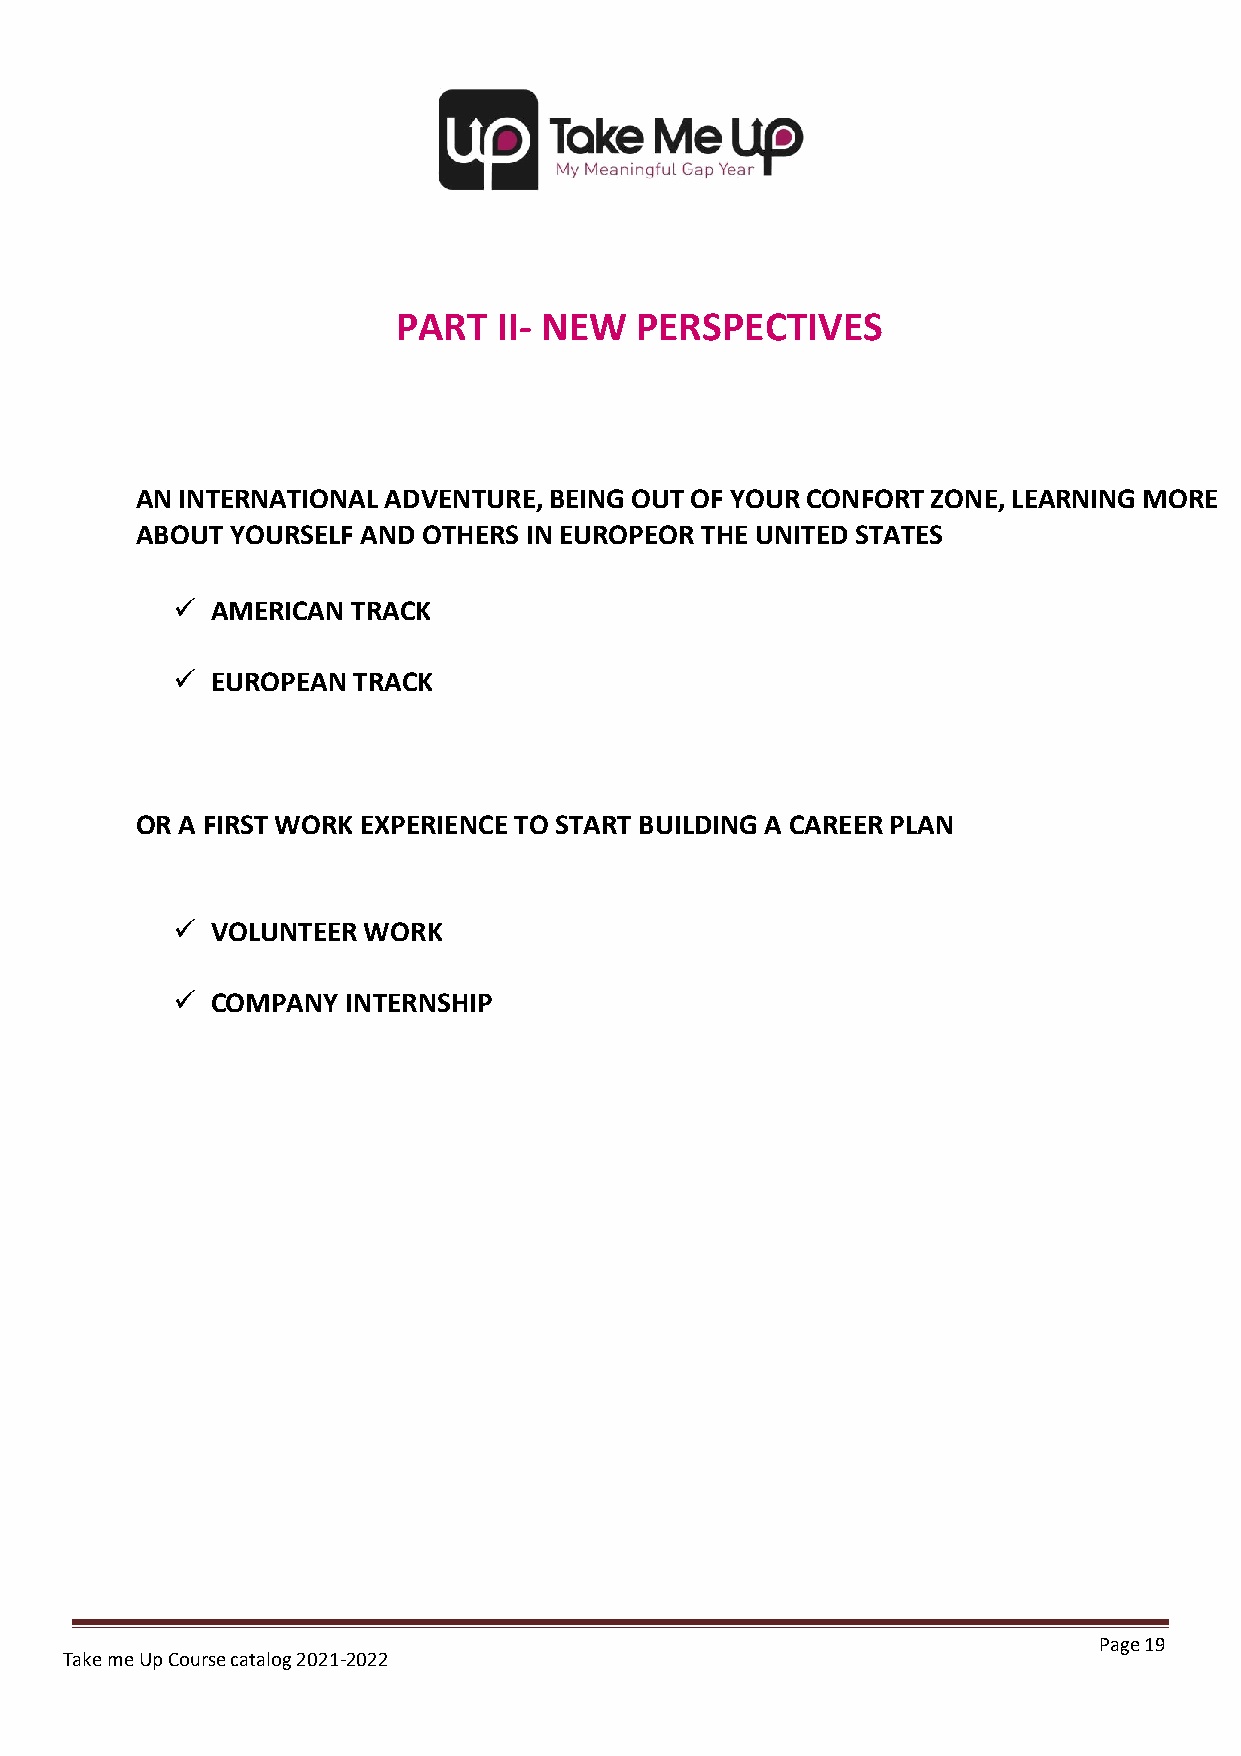
PART   II- NEW  PERSPECTIVES
 AN INTERNATIONAL ADVENTURE, BEING OUT OF YOUR CONFORT ZONE, LEARNING MORE
 ABOUT YOURSELF AND OTHERS IN EUROPEOR THE UNITED STATES
 ✓  AMERICAN TRACK
 ✓  EUROPEAN TRACK
 OR A FIRST WORK EXPERIENCE TO START BUILDING A CAREER PLAN
 ✓  VOLUNTEER WORK
 ✓  COMPANY  INTERNSHIP
 Page 19
 Take me Up Course catalog 2021-2022
 Undergraduate Course Catalog